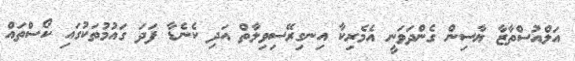
އަލްއުސްތާޒާ ޔާސިން ގެންދަވަނީ އެމެރިކާ އިނގިރޭސިވިލާތް އަދި ކެނެޑާ ފަދަ ގައުމުތަކުގައި ކޯސްތައް